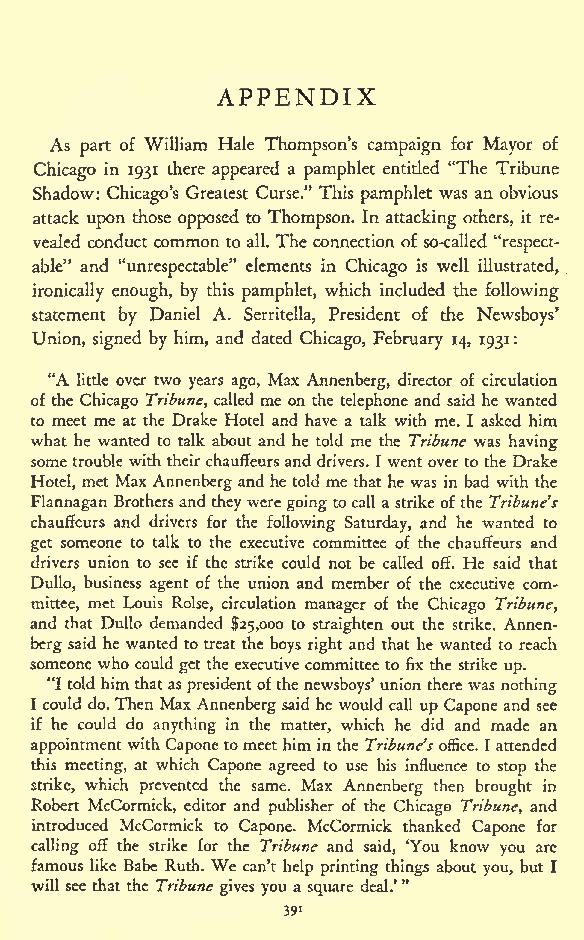
APPENDIX
 As part of William Hale Thompson's campaign for Mayor of
 Chicago in 1931 there appeared a pamphlet entitled "The Tribune
 Shadow: Chicago's Greatest Curse." This pamphlet was an obvious
 attack upon those opposed to Thompson. In attacking others, it re-
 vealed conduct common to all. The connectionof so-called "respect-
 able" and "unrespectable" elements in Chicago is well illustrated,
 ironically enough, by this pamphlet, which included the following
 statement by Daniel A. Serritella, President of the Newsboys'
 Union, signed by him, and dated Chicago, February 14, 1931:
 "A little over two years ago, Max Annenberg, director of circulation
 of the Chicago Tribune, called me on the telephone and said he wanted
 to meet me at the Drake Hotel and have a talk with me. I asked him
 what he wanted to talk about and he told me the Tribune was having
 sometrouble with theirchauffeurs and drivers. I wentoverto the Drake
 Hotel, met Max Annenberg and he told me that he was in bad with the
 Flannagan Brothersand they weregoingtocall a strike ofthe Tribune's
 chauffeurs and drivers for the following Saturday, and he wanted to
 get someone to talk to the executive committee of the chauffeurs and
 drivers union to see if the strike could not be called off. He said that
 Dullo, business agent of the union and member of the executive com-
 mittee, met Louis Rolse, circulation manager of the Chicago Tribune,
 and that Dullo demanded $25,000 to straighten out the strike. Annen-
 berg said he wanted totreat the boys right and that he wanted to reach
 someone who could get the executive committee to fix the strike up.
 "Itold himthatas presidentofthenewsboys'union there was nothing
 I could do.Then Max Annenbergsaid he would call up Capone and see
 if he could do anything in the matter, which he did and made an
 appointmentwithCaponetomeethim inthe Tribune'soffice. I attended
 this meeting, at which Capone agreed to use his influence to stop the
 strike, which prevented the same. Max Annenberg then brought in
 Robert McCormick, editor and publisher of the Chicago Tribune, and
 introduced McCormick to Capone. McCormick thanked Capone for
 calling off the strike for the Tribune and said, 'You know you are
 famous like Babe Ruth. We can't help printing things about you, but I
 will see that the Tribune gives you a square deal.'"
 391